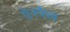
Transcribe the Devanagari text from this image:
ग्रेनफैल